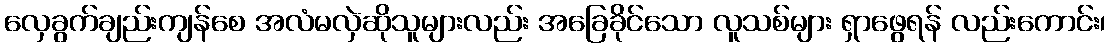
လှေခွက်ချည်းကျန်စေ အလံမလှဲဆိုသူများလည်း အခြေခိုင်သော လူသစ်များ ရှာဖွေရန် လည်းကောင်း၊